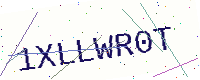
Text: 1XLLWR0T